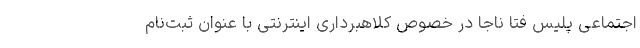
اجتماعی پلیس فتا ناجا در خصوص کلاهبرداری اینترنتی با عنوان ثبت‌نام